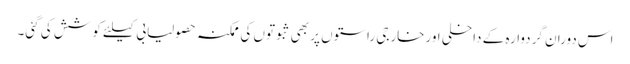
اس دوران گردوارہ کے داخلی اورخارجی راستوں پر بھی ثبوتوں کی ممکنہ حصولیابی کیلئے کوشش کی گئی۔